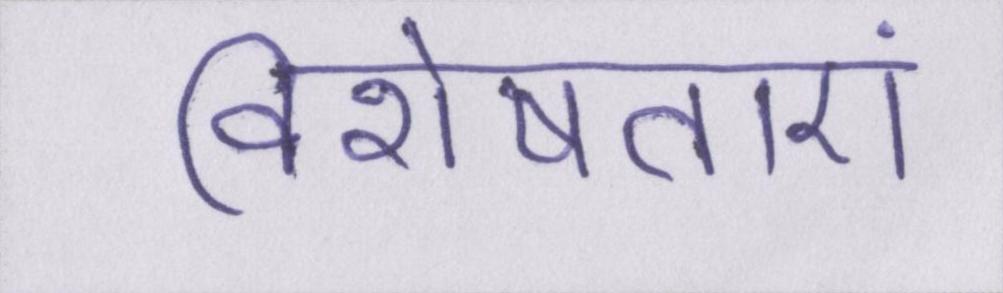
विशेषताएं